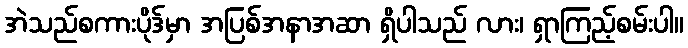
အဲသည်စကားပိုဒ်မှာ အပြစ်အနာအဆာ ရှိပါသည် လား၊ ရှာကြည့်စမ်းပါ။